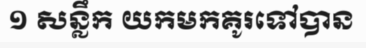
១ សន្លឹក យកមកគូរទៅបាន